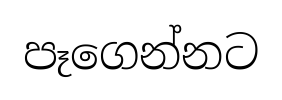
පෑගෙන්නට